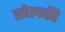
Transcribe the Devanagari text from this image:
खेलकी